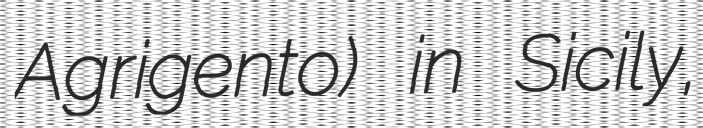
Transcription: Agrigento) in Sicily,